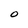
Character: O